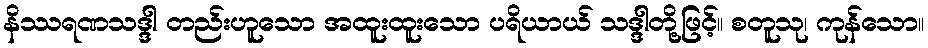
နိဿရဏသဒ္ဒါ တည်းဟူသော အထူးထူးသော ပရိယာယ် သဒ္ဒါတို့ဖြင့်။ စတူသု၊ ကုန်သော။